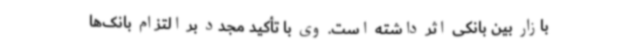
بازار بین بانکی اثر داشته است. وی با تأکید مجدد بر التزام بانک‌ها